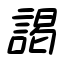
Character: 謁